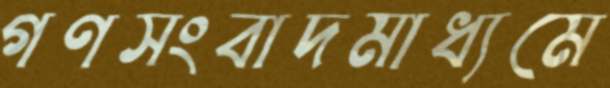
গণসংবাদমাধ্যমে